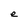
Character: e